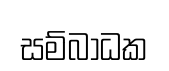
සම්බාධක